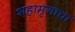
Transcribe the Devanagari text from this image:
शहामृगाचा